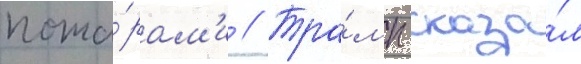
пожа́рам'и // Тра́мп сказа́л